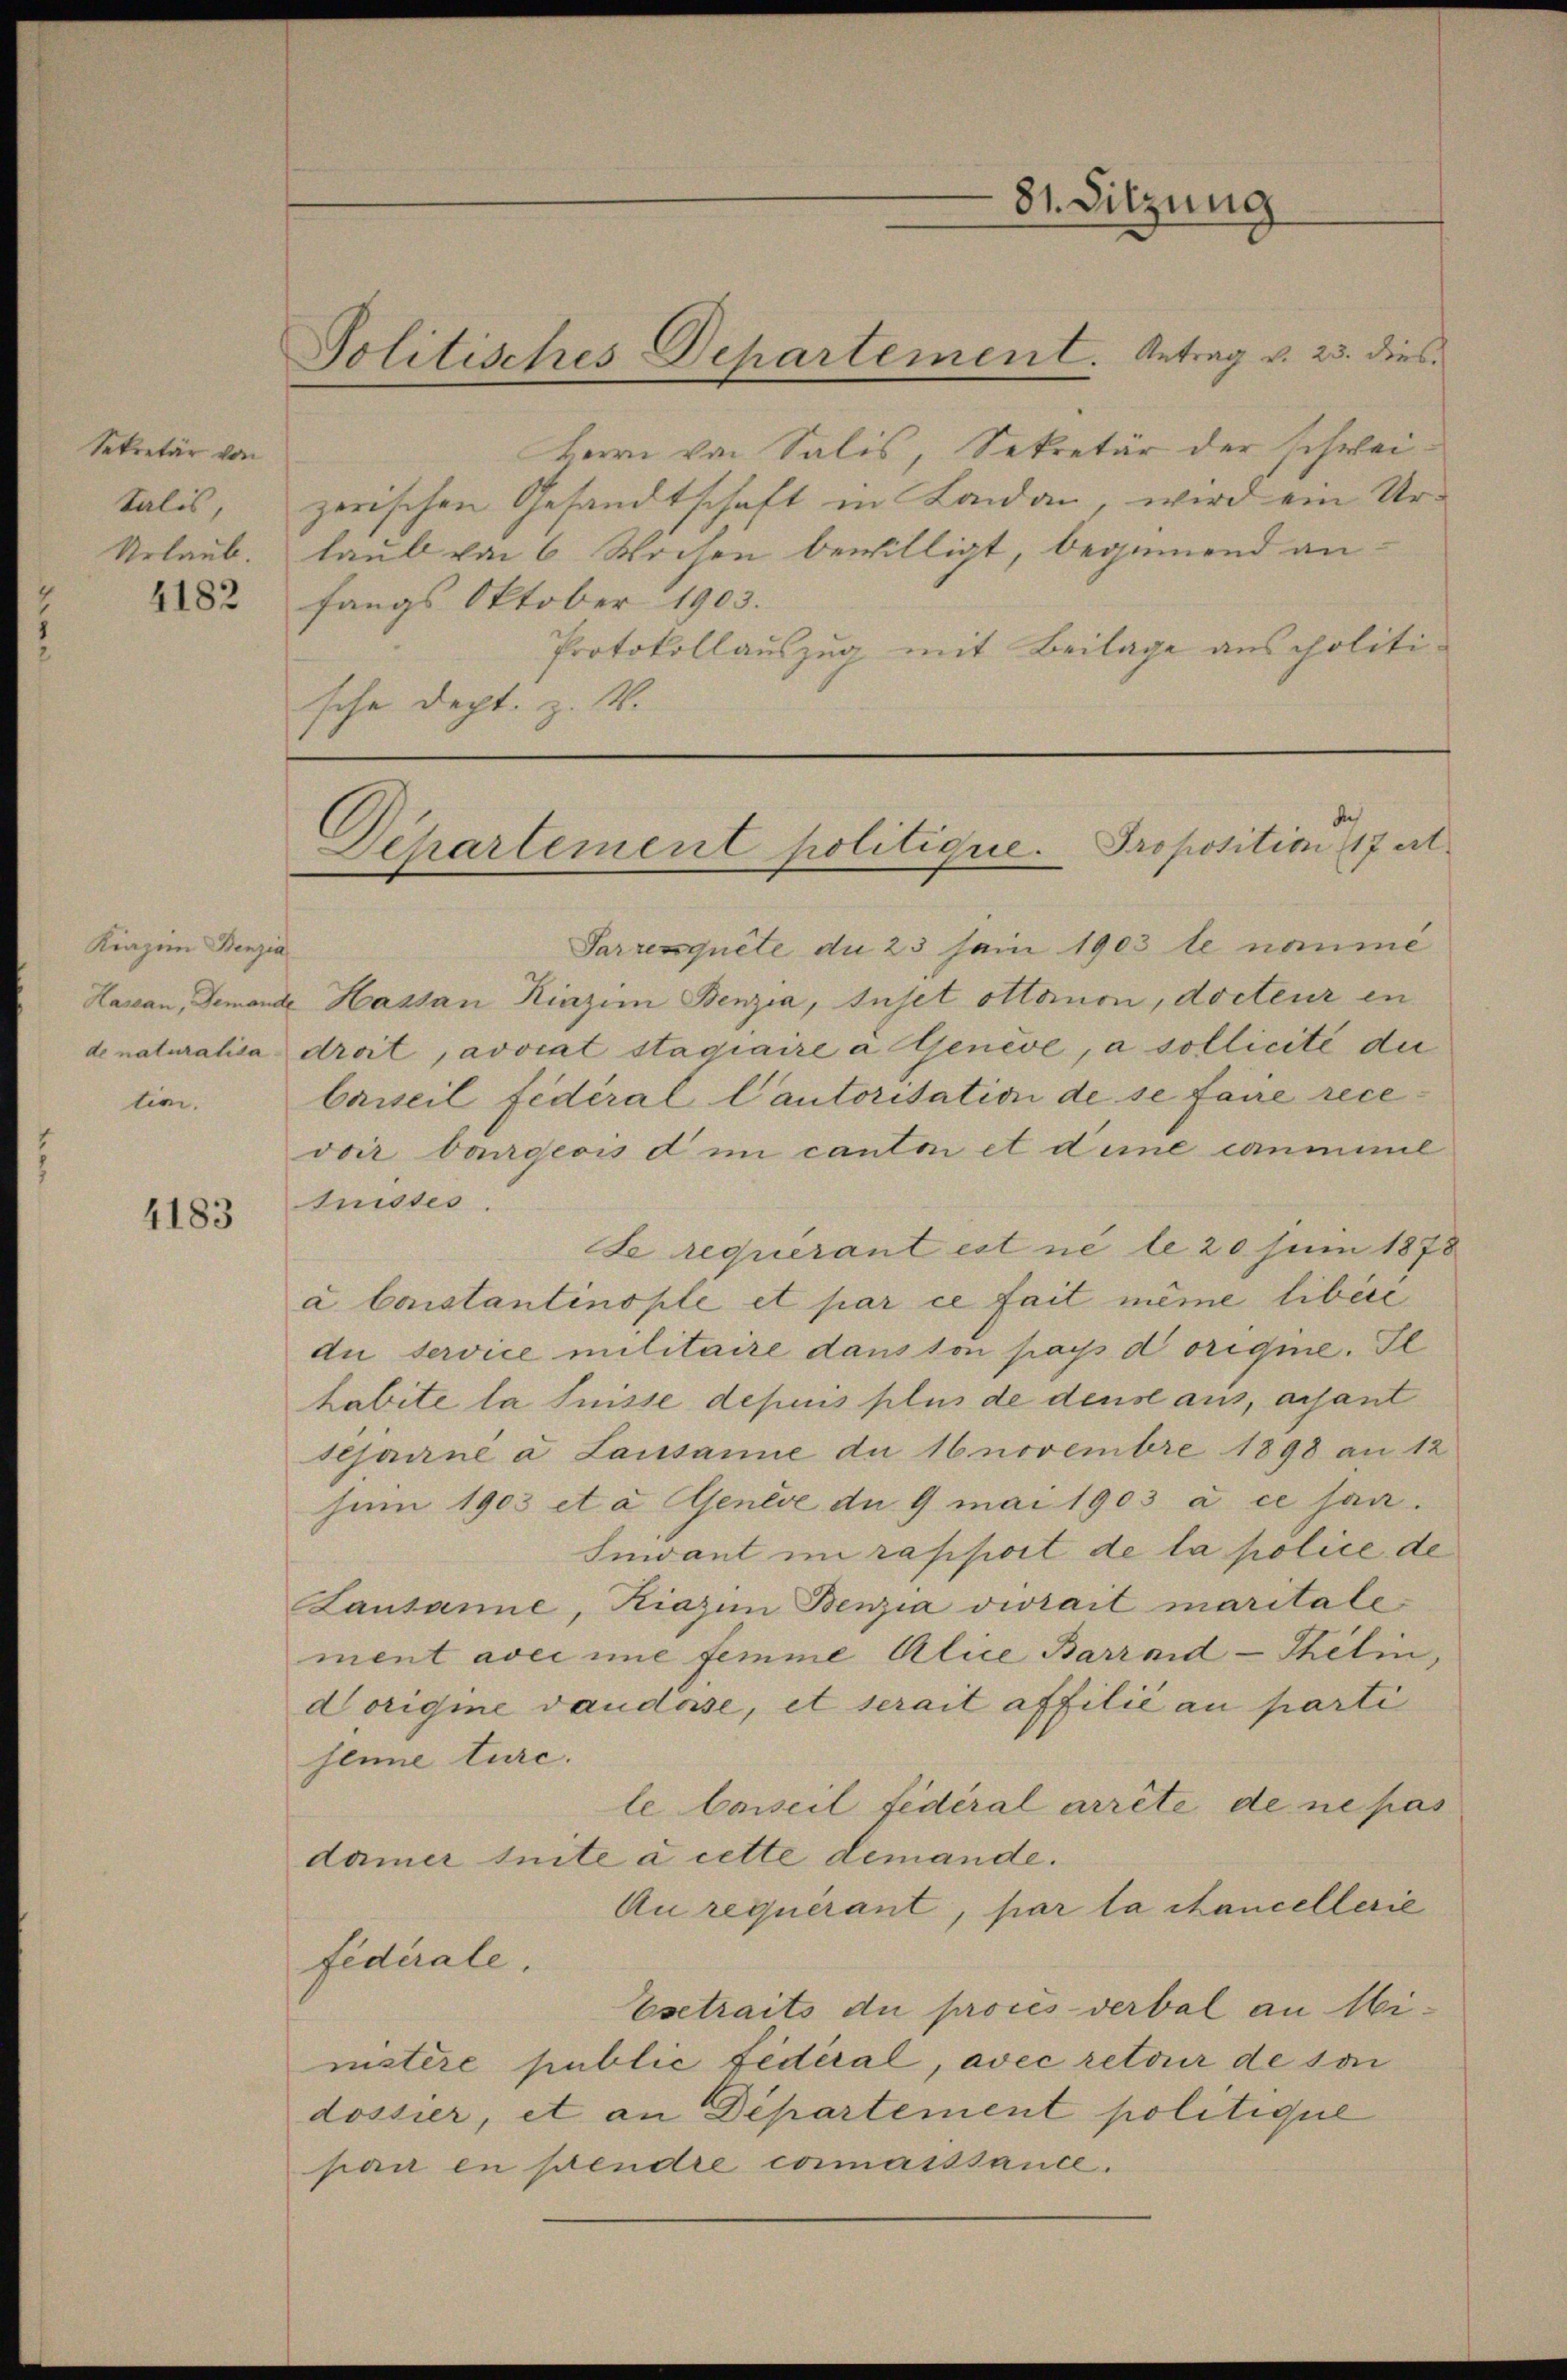
Sekretär von

4182

Kiazin Benzia
tion.

4183

Herrn von Salis, Sekretär der schweitalis, zerischen Gesandtschaft in Landan, wird ein Ur¬
Urlaub. Laub von 6 Wochen bewilligt, beginnend anfangs Oktober 1903.
Protokollauszug mit Beilage aus politische Dept. z. B.

Politisches Departement. Antrag v. 23. dies

Sarresquite du 25 sein 1903 te naume
Hassan, demande Hassan Kinzin Benzia, Tuset ottanon, docteur in
denaturalisa droit, avviat stagiaire à Genève, a sollicite die
Carseil fédéral Cautorisation de se faire recevoir bangeois d im cantin et dime canmel
tnisses
Se requérant est ne le 20 Juni 1878
à Constantinople et par ce fait même libére
du service militaire dans ton pays d origie. Il
habite la Suisse depuis plus de dense aus, aisant
sehanne à Lausanne de 16 novembre 1898 an 12
suin 1903 et a Genève de 9 mai 1903 à ce san.
Inwant im rapport de la police de
Lausanne, Kiazin Benzia vivrait maritale
ment aver ime femme Alice Barrard-Thelin
Dorigine vaudose, et serait affilie au parti
seine turc.
le Conseil fédéral arrête de ne pas
damer seite à cette demande.
Au requérant, par la cancellerie
fédérale.
Esetraits du proces verbal an Ministere public fédéral, avec retour de soi
dossier, et an Departement politique
pan in pendre commasssance.

81. Sitzung

Departement politique. Proposition 117 Al.